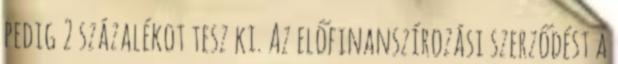
pedig 2 százalékot tesz ki. Az előfinanszírozási szerződést a